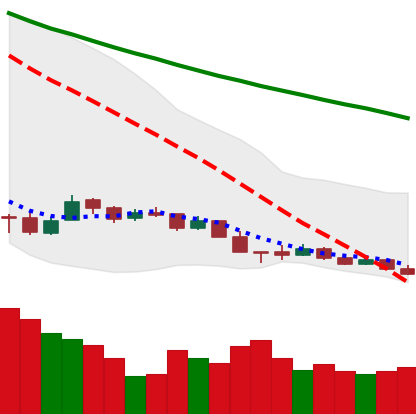
Ticker: XMR-USD
Chart end date: 2018-12-14
Forward return: 17.896%
Label: up_7plus